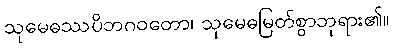
သုမေဓဿပိဘဂဝတော၊ သုမေဓမြတ်စွာဘုရား၏။